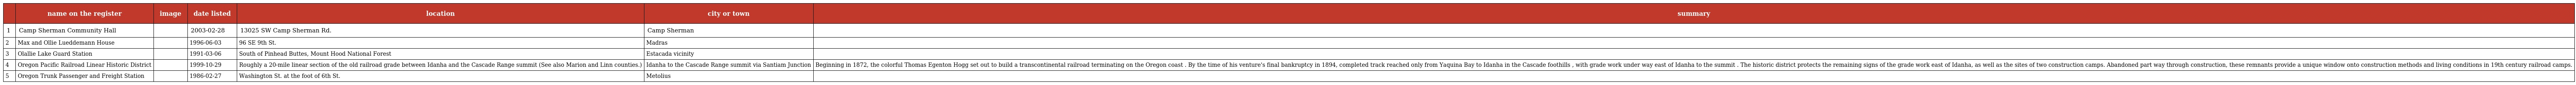
|  | name on the register | image | date listed | location | city or town | summary |
 | --- | --- | --- | --- | --- | --- | --- |
 | 1 | Camp Sherman Community Hall |  | 2003-02-28 | 13025 SW Camp Sherman Rd. | Camp Sherman |  |
 | 2 | Max and Ollie Lueddemann House |  | 1996-06-03 | 96 SE 9th St. | Madras |  |
 | 3 | Olallie Lake Guard Station |  | 1991-03-06 | South of Pinhead Buttes, Mount Hood National Forest | Estacada vicinity |  |
 | 4 | Oregon Pacific Railroad Linear Historic District |  | 1999-10-29 | Roughly a 20-mile linear section of the old railroad grade between Idanha and the Cascade Range summit (See also Marion and Linn counties.) | Idanha to the Cascade Range summit via Santiam Junction | Beginning in 1872, the colorful Thomas Egenton Hogg set out to build a transcontinental railroad terminating on the Oregon coast . By the time of his venture's final bankruptcy in 1894, completed track reached only from Yaquina Bay to Idanha in the Cascade foothills , with grade work under way east of Idanha to the summit . The historic district protects the remaining signs of the grade work east of Idanha, as well as the sites of two construction camps. Abandoned part way through construction, these remnants provide a unique window onto construction methods and living conditions in 19th century railroad camps. |
 | 5 | Oregon Trunk Passenger and Freight Station |  | 1986-02-27 | Washington St. at the foot of 6th St. | Metolius |  |